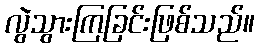
လွဲသွားကြခြင်းဖြစ်သည်။